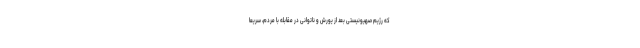
که رژیم صهیونیستی بعد از یورش و ناتوانی در مقابله با مردم، سریعاً